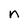
Character: n